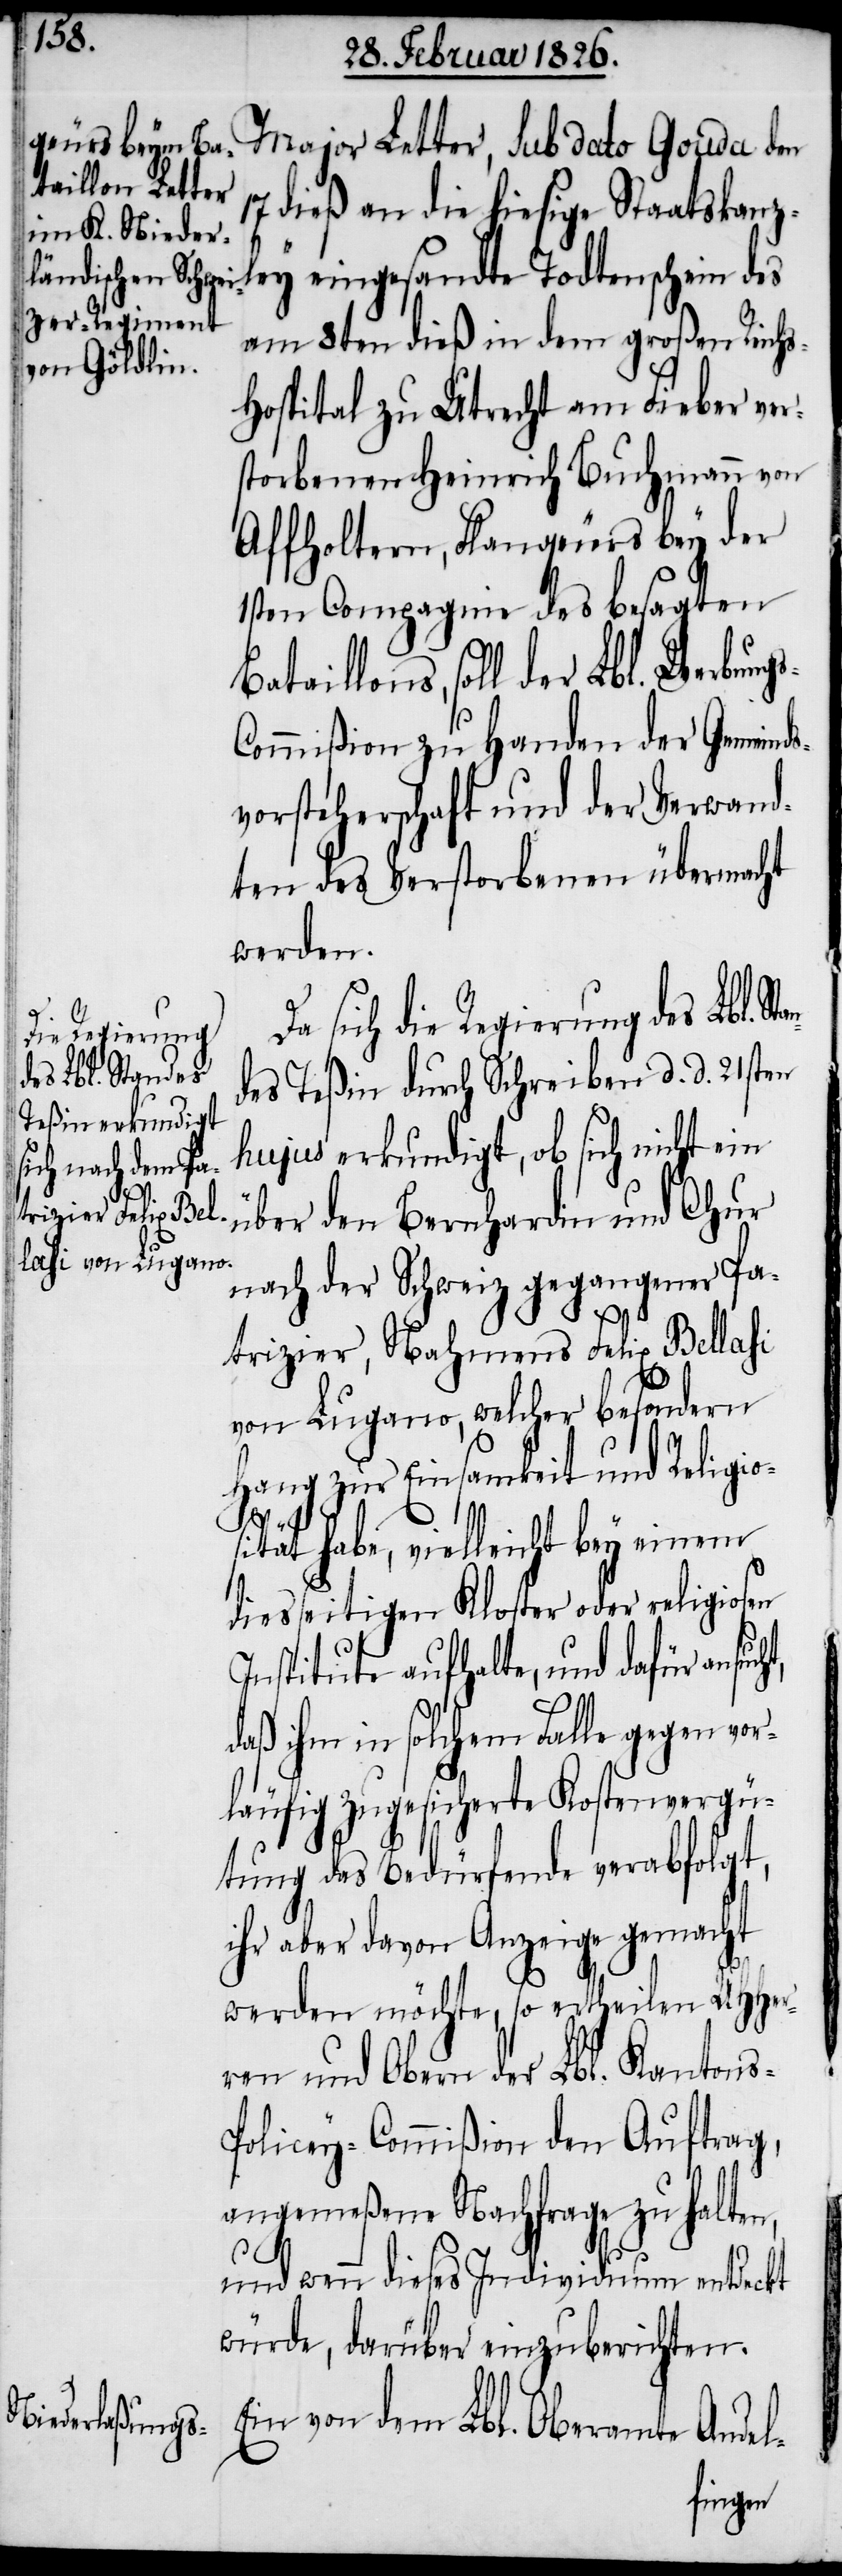
Major Letter, sub dato Gouda den
dieß an die hiesige Staatskanz¬
ley eingesandte Todtenschein des
am 8ten dieß in dem großen Reichs¬
hospital zu Utrecht am Fieber ver¬
storbenen Heinrich Buchmann von
Affholtern, Flanqeurs bey der
1sten Compagnie des besagten
Bataillons, soll der Lbl. Werbung¬
ommißion zu Handen der Gemeinds¬
vorsteherschaft und der Verwand¬
ten des Verstorbenen übermacht
werden.
an¬
Da sich die Regierung des Lbl. St¬
des Teßin durch Schreiben d. d. 21sten
hujus erkundigt, ob sich nicht ein
über den Bernhardin und Chur
nach der Schweiz gegangener Pa¬
trizier, Nahmens Felix Bellasi
von Lugano, welcher besondern
Hang zur Einsamkeit und Religio¬
sität habe, vielleicht bey einem
diesseitigen Kloster oder religiosen
Institute aufhalte, und dafür ansuc¬
daß ihm in solchem Falle gegen vor¬
läufig zugesicherte Kostenvergü¬
tung das Bedürfende verabfolgt,
ihr aber davon Anzeige gemacht
werden möchte, so ertheilen UHHer¬
ren und Obern der Lbl. Kantons-P¬
olicey-Commißion den Auftrag,
angemeßene Nachfrage zu halten,
ht,
und wenn dieses Individuum entdeckt
würde, darüber einzuberichten.
Ein von dem Lbl. Oberamte Andel-